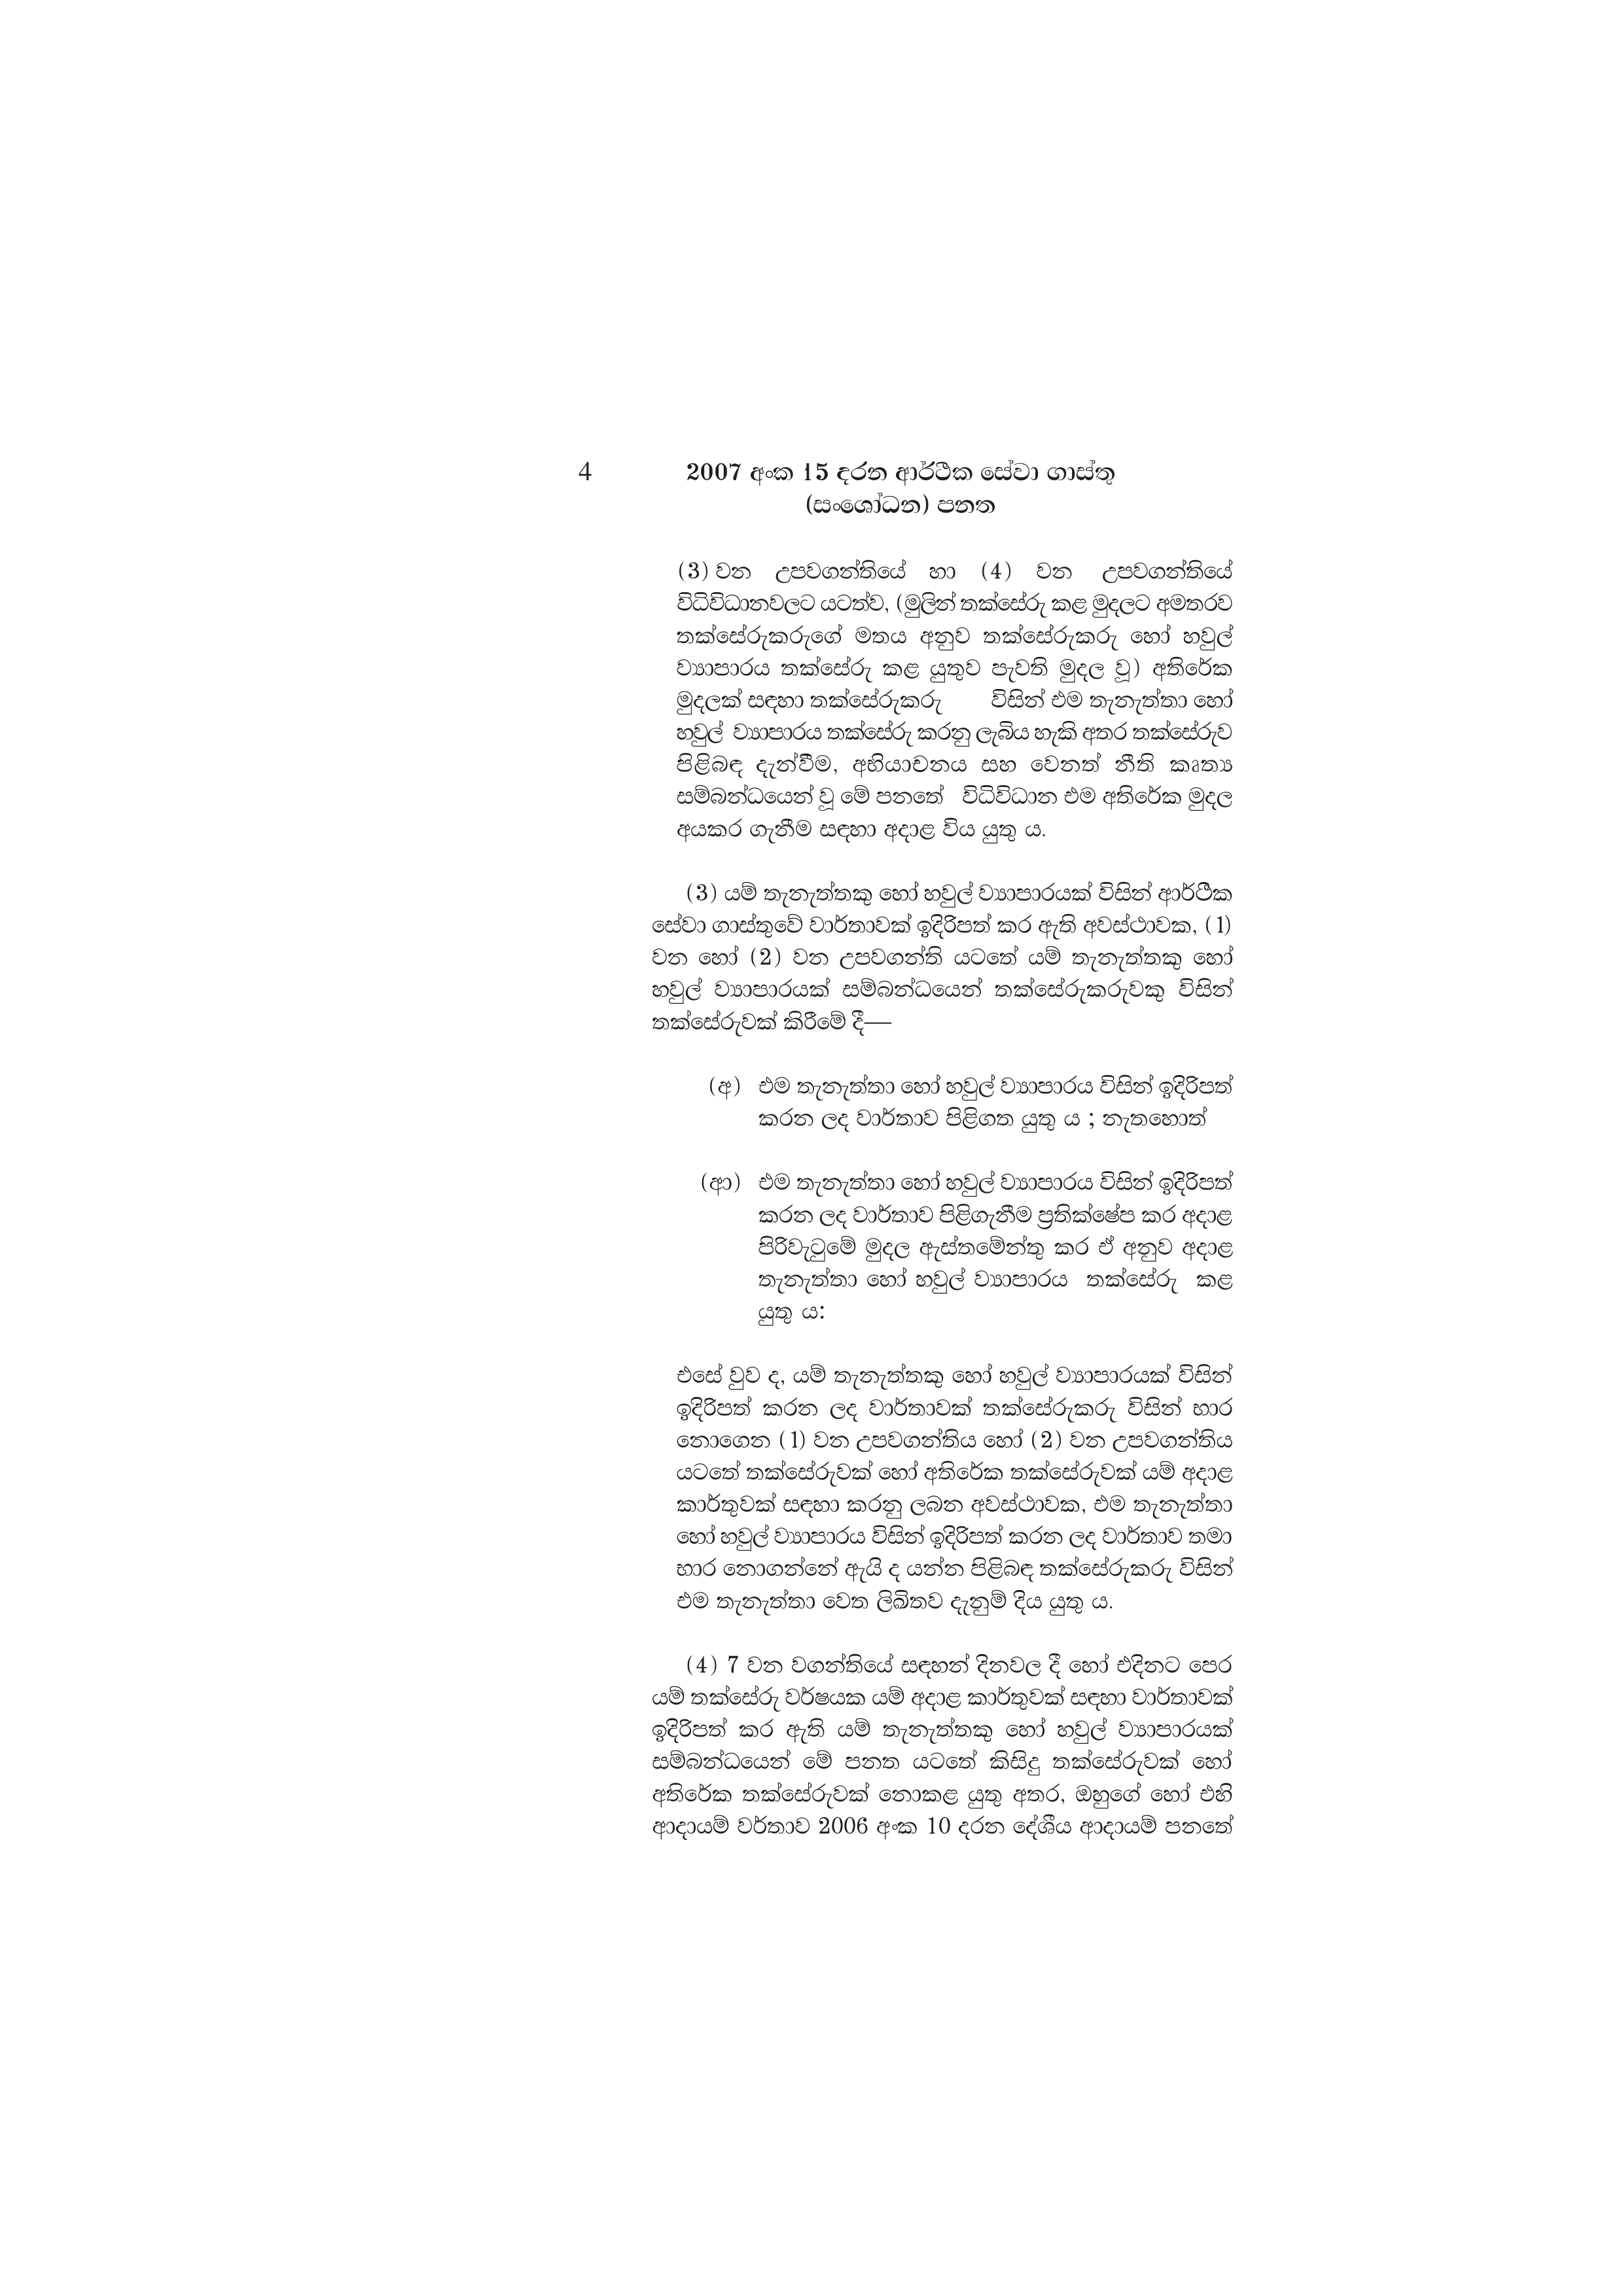
4 2007 අංක 15 දරන ආර්ථික සේවා ගාස්තු
(සංශෝධන) පනත

(3) වන උපවගන්තියේ හා (4) වන උපවගන්තියේ
විධිවිධානවලට යටත්ව, (මුලින් තක්සේරු කළ මුදලට අමතරව
තක්සේරුකරුගේ මතය අනුව තක්සේරුකරු හෝ හවුල්
ව්‍යාපාරය තක්සේරු කළ යුතුව පැවති මුදල වූ) අතිරේක
මුදලක් සඳහා තක්සේරුකරු විසින් එම තැනැත්තා හෝ
හවුල් ව්‍යාපාරය තක්සේරු කරනු ලැබිය හැකි අතර තක්සේරුව
පිළිබඳ දැන්වීම, අභියාචනය සහ වෙනත් නීති කෘත්‍ය
සම්බන්ධයෙන් වූ මේ පනතේ විධිවිධාන එම අතිරේක මුදල
අයකර ගැනීම සඳහා අදාළ විය යුතු ය.

(3) යම් තැනැත්තකු හෝ හවුල් ව්‍යාපාරයක් විසින් ආර්ථික
සේවා ගාස්තුවේ වාර්තාවක් ඉදිරිපත් කර ඇති අවස්ථාවක, (1)
වන හෝ (2) වන උපවගන්ති යටතේ යම් තැනැත්තකු හෝ
හවුල් ව්‍යාපාරයක් සම්බන්ධයෙන් තක්සේරුකරුවකු විසින්
තක්සේරුවක් කිරීමේ දී—

(අ) එම තැනැත්තා හෝ හවුල් ව්‍යාපාරය විසින් ඉදිරිපත්
කරන ලද වාර්තාව පිළිගත යුතු ය ; නැතහොත්

(ආ) එම තැනැත්තා හෝ හවුල් ව්‍යාපාරය විසින් ඉදිරිපත්
කරන ලද වාර්තාව පිළිගැනීම ප්‍රතික්ෂේප කර අදාළ
පිරිවැටුමේ මුදල ඇස්තමේන්තු කර ඒ අනුව අදාළ
තැනැත්තා හෝ හවුල් ව්‍යාපාරය තක්සේරු කළ
යුතු ය:

එසේ වුව ද, යම් තැනැත්තකු හෝ හවුල් ව්‍යාපාරයක් විසින්
ඉදිරිපත් කරන ලද වාර්තාවක් තක්සේරුකරු විසින් භාර
නොගෙන ( 1) වන උපවගන්තිය හෝ (2) වන උපවගන්තිය
යටතේ තක්සේරුවක් හෝ අතිරේක තක්සේරුවක් යම් අදාළ
කාර්තුවක් සඳහා කරනු ලබන අවස්ථාවක, එම තැනැත්තා
හෝ හවුල් ව්‍යාපාරය විසින් ඉදිරිපත් කරන ලද වාර්තාව තමා
භාර නොගන්නේ ඇයි ද යන්න පිළිබඳ තක්සේරුකරු විසින්
එම තැනැත්තා වෙත ලිඛිතව දැනුම් දිය යුතු ය.

(4) 7 වන වගන්තියේ සඳහන් දිනවල දී හෝ එදිනට පෙර
යම් තක්සේරු වර්ෂයක යම් අදාළ කාර්තුවක් සඳහා වාර්තාවක්
ඉදිරිපත් කර ඇති යම් තැනැත්තකු හෝ හවුල් ව්‍යාපාරයක්
සම්බන්ධයෙන් මේ පනත යටතේ කිසිදු තක්සේරුවක් හෝ
අතිරේක තක්සේරුවක් නොකළ යුතු අතර, ඔහුගේ හෝ එහි
ආදායම් වර්තාව 2006 අංක 10 දරන දේශීය ආදායම් පනතේ